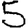
Digit: 5